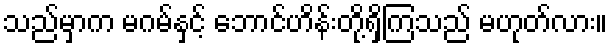
သည်မှာက မဂမ်နှင့် ဘောင်ဟိန်းတို့ရှိကြသည် မဟုတ်လား။